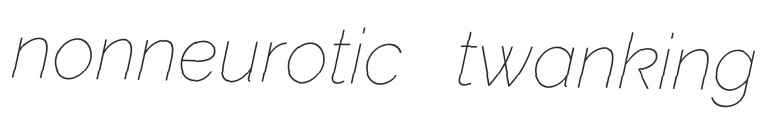
nonneurotic twanking